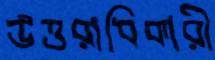
উত্তরাধিকারী